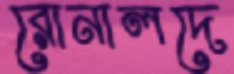
রোনালদে